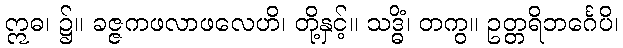
ဣဓ၊ ၌။ ခဇ္ဇကဖလာဖလေဟိ၊ တို့နှင့်။ သဒ္ဓိံ၊ တကွ။ ဥတ္တရိဘင်္ဂေပိ၊